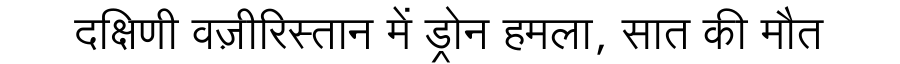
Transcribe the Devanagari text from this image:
दक्षिणी वज़ीरिस्तान में ड्रोन हमला, सात की मौत